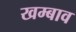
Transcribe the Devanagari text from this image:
खम्बाव